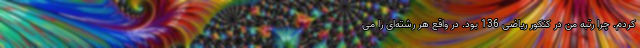
کردم. چرا رتبه من در کنکور ریاضی 136 بود. در واقع هر رشته‌ای را می